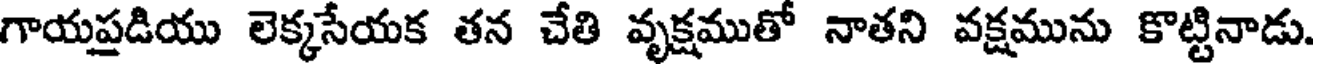
గాయప్రడియు లెక్కసేయక తన చేతి వృక్షముతో నాతని వక్షమును కొట్టినాడు.